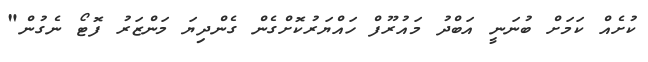
ކުށެއް ކަމަށް ބުނަނީ އަބްދު މައުރޫފް ހައްޔަރުކޮށްގެން ގެންދިޔަ މަންޒަރު ފޮޓޯ ނެގުން"